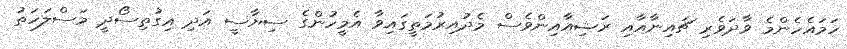
ހަމައެހެންމެ ވާދަވެރި ޗައިނާއާއި ރަޝިއާއިންވެސް މެދުއިރުމަތީގައިވާ އެމީހުންގެ ސިޔާސީ އަދި އިގުތިސޯދީ މަސްލަހަތު